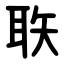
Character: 聅